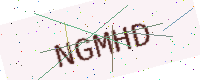
Text: NGMHD